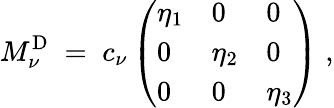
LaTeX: M_{\nu}^{\mathrm{D}}\; =\; c_{\nu}\left(\begin{array}{lll}{{\eta_{1}}}&{{0}}&{{0}}\\ {{0}}&{{\eta_{2}}}&{{0}}\\ {{0}}&{{0}}&{{\eta_{3}}}\end{array}\right)\; ,